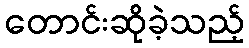
တောင်းဆိုခဲ့သည့်